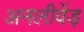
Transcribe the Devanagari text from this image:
अनलीवेंड़